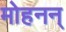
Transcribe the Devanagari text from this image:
मोहनन्